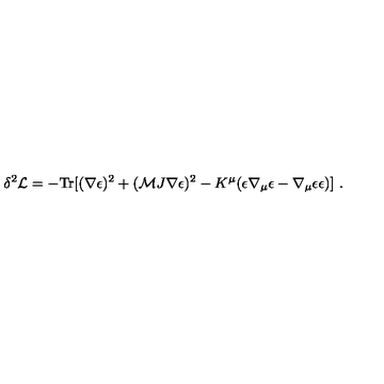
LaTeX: \delta ^ { 2 } { \cal L } = - \mathrm { T r } [ ( \nabla \epsilon ) ^ { 2 } + ( { \cal M } J \nabla \epsilon ) ^ { 2 } - K ^ { \mu } ( \epsilon \nabla _ { \mu } \epsilon - \nabla _ { \mu } \epsilon \epsilon ) ] \ .